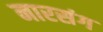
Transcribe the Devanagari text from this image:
नारसंग